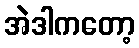
အဲဒါကတော့